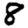
Digit: 8